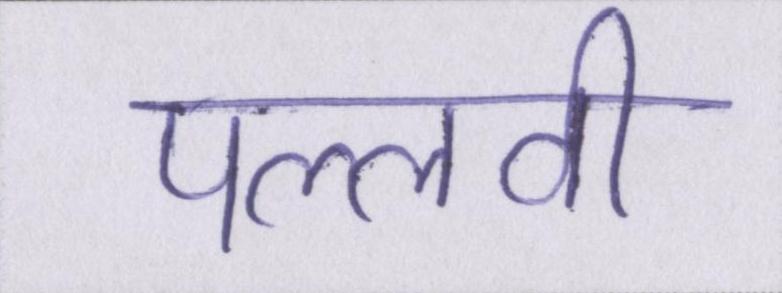
पल्लवी